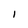
Character: I